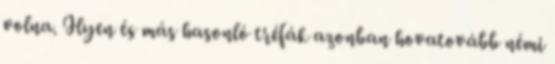
volna. Ilyen és más hasonló tréfák azonban hovatovább némi